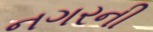
નગરની